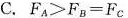
C.FA>F=Fc